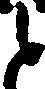
と